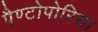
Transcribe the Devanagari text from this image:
पैण्टोपोरिया